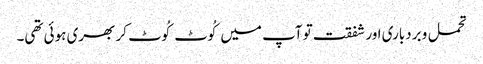
تحمل و بردباری اور شفقت تو آپ میں کُوٹ کُوٹ کر بھری ہوئی تھی۔